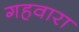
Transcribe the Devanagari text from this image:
गहवारा